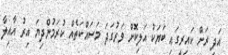
އަދި ރަށް ކައިރީގައި ބަޔަކު އަލިކޮށް ވަރުގަދަ މަސައްކަތެއް ކުރަމުންދިޔަ އިރު އާއިލާ